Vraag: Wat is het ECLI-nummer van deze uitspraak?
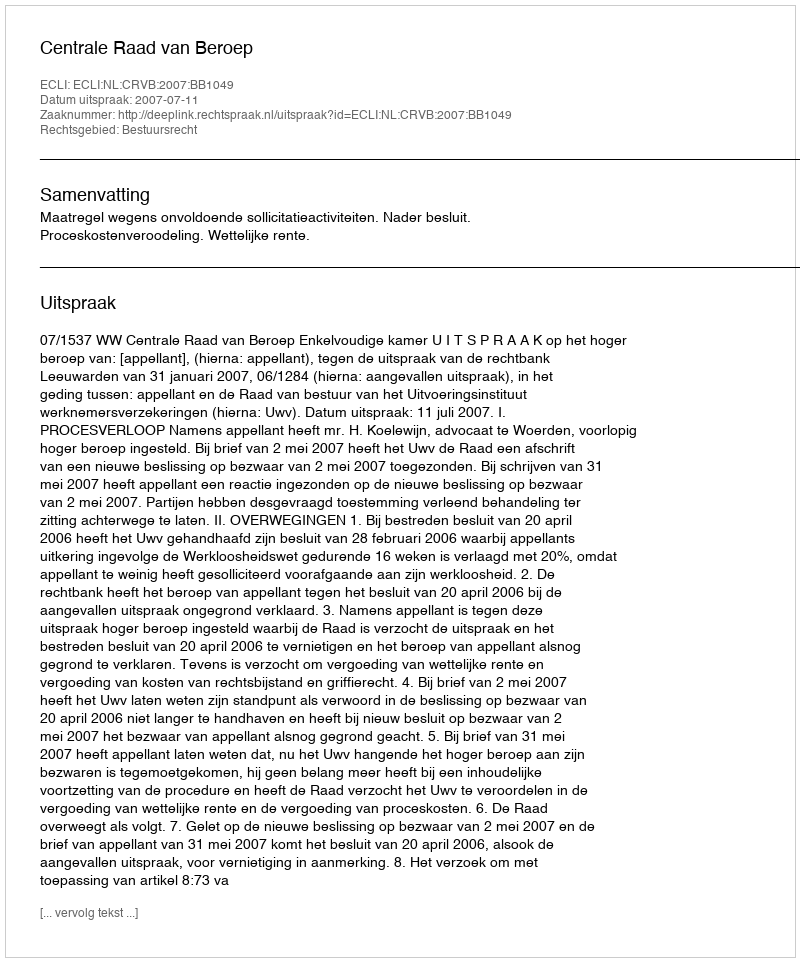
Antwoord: ECLI:NL:CRVB:2007:BB1049